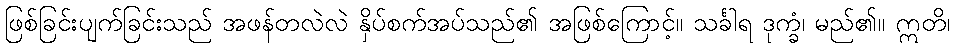
ဖြစ်ခြင်းပျက်ခြင်းသည် အဖန်တလဲလဲ နှိပ်စက်အပ်သည်၏ အဖြစ်ကြောင့်။ သင်္ခါရ ဒုက္ခံ၊ မည်၏။ ဣတိ၊